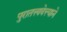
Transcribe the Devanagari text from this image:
पुरातत्त्ववेत्त्याने